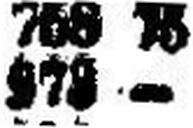
573 —